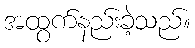
အထွက်နည်းခဲ့သည်။